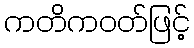
ကတိကဝတ်ဖြင့်